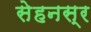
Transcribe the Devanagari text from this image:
सेहनस्र